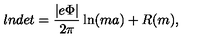
l n d e t = \frac { | e \Phi | } { 2 \pi } \ln ( m a ) + R ( m ) ,